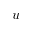
u